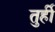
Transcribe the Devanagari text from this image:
तुर्ही